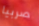
صربيا